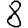
Digit: 8